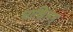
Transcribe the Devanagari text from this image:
चाखिलम्